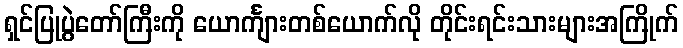
ရှင်ပြုပွဲတော်ကြီးကို ယောင်္ကျားတစ်ယောက်လို တိုင်းရင်းသားများအကြိုက်